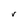
Character: r